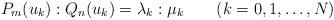
LaTeX: \begin{align*}P_m(u_k):Q_n(u_k) = \lambda_k :\mu_k\qquad(k=0,1,\ldots,N)\end{align*}